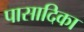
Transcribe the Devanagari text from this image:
पासादिका